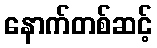
နောက်တစ်ဆင့်